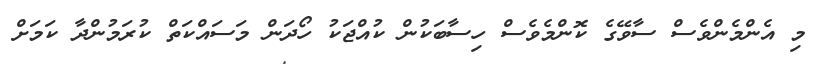
މި އެންމެންވެސް ސާވޭގެ ކޮންމެވެސް ހިސާބަކުން ކުއްޖަކު ހޯދަން މަސައްކަތް ކުރަމުންދާ ކަމަށް